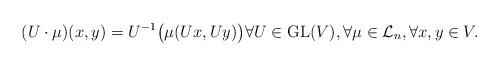
LaTeX: \begin{align*}(U\cdot\mu)(x,y)=U^{-1}\bigl(\mu(Ux,Uy)\bigr)\forall U\in {\rm GL}(V),\forall \mu\in\mathcal L_n,\forall x,y\in V.\end{align*}